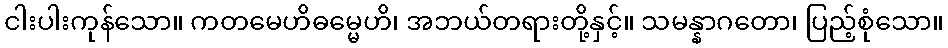
ငါးပါးကုန်သော။ ကတမေဟိဓမ္မေဟိ၊ အဘယ်တရားတို့နှင့်။ သမန္နာဂတော၊ ပြည့်စုံသော။